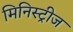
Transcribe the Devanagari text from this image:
मिनिस्ट्रीज